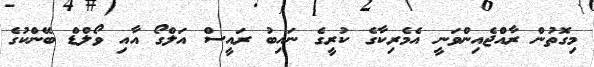
މިގޮތުން ރާއްޖެއިންވަނީ އެމެރިކާގެ ކުރީގެ ނައިބު ރައީސް އަލްގޯ އާއި ވޯލްޑް ބޭންކުގެ